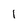
Character: l